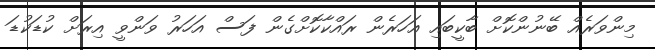
މިންވަރެއް ބޭނުންކޮށް ބާކީބައި އަހަރެން ރައްކާކޮށްގެން ފަސް އަހަރު ވަންވީ އިރަށް ކުޑަކުޑަ